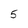
Character: 5